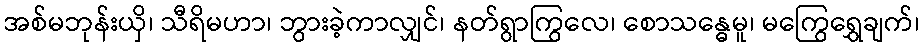
အစ်မဘုန်းယှိ၊ သီရိမဟာ၊ ဘွားခဲ့ကာလျှင်၊ နတ်ရွာကြွလေ၊ စောသန္ဓေမူ၊ မကြွေရွှေချက်၊